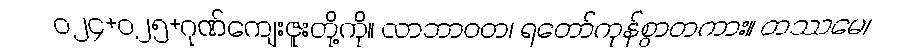
ဝ၂၄+၀၂၅+ဂုဏ်ကျေးဇူးတို့ကို။ လာဘာဝတ၊ ရတော်ကုန်စွာတကား။ တဿမေ၊